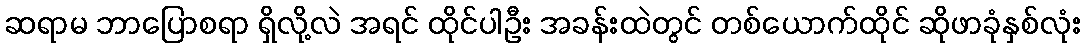
ဆရာမ ဘာပြောစရာ ရှိလို့လဲ အရင် ထိုင်ပါဦး အခန်းထဲတွင် တစ်ယောက်ထိုင် ဆိုဖာခုံနှစ်လုံး